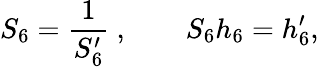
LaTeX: S_{6}={\frac{1}{S_{6}^{\prime}}}\ ,\qquad S_{6}h_{6}=h_{6}^{\prime},